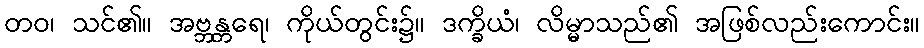
တဝ၊ သင်၏။ အဗ္ဘန္တရေ၊ ကိုယ်တွင်း၌။ ဒက္ခိယံ၊ လိမ္မာသည်၏ အဖြစ်လည်းကောင်း။